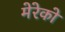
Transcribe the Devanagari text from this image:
मेरेको